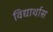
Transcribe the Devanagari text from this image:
विद्यार्थास